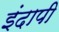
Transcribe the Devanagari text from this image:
इंदापी